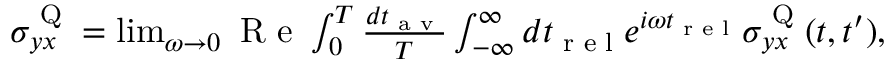
\begin{array} { r } { \sigma _ { y x } ^ { \textrm { Q } } = \operatorname* { l i m } _ { \omega \rightarrow 0 } \textrm { R e } \int _ { 0 } ^ { T } \frac { d t _ { \textrm { a v } } } { T } \int _ { - \infty } ^ { \infty } d t _ { \textrm { r e l } } e ^ { i \omega t _ { \textrm { r e l } } } \sigma _ { y x } ^ { \textrm { Q } } ( t , t ^ { \prime } ) , } \end{array}